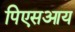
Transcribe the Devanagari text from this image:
पिएसआय